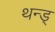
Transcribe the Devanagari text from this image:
थन्ड्